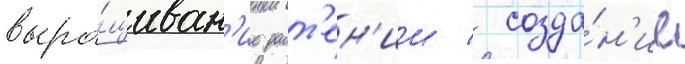
выра́щиван'ие раст'ен'ии / созда́н'ие